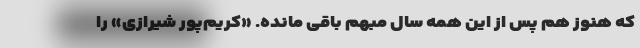
که هنوز هم پس از این همه سال مبهم باقی مانده. «کریم‌پور شیرازی» را